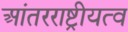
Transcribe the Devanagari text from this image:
आंतरराष्ट्रीयत्व